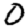
Digit: 0